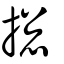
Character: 揔